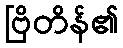
ဗြိတိန်၏